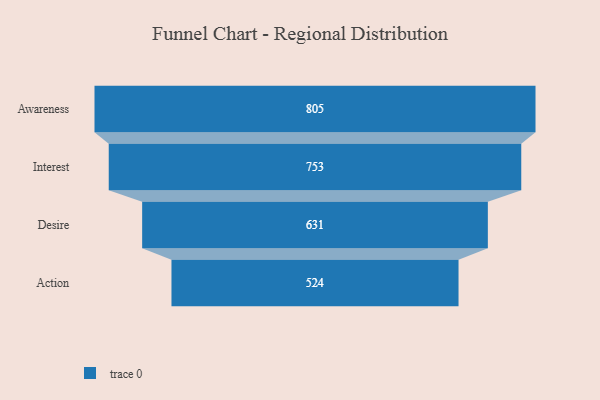
{"axis": {"x": "Stage", "y": "Value"}, "legend": [""], "data": [{"x": "Awareness", "y": 805.0, "type": ""}, {"x": "Interest", "y": 753.0, "type": ""}, {"x": "Desire", "y": 631.0, "type": ""}, {"x": "Action", "y": 524.0, "type": ""}]}